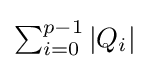
{\textstyle \sum _{i=0}^{p-1}|Q_{i}|}